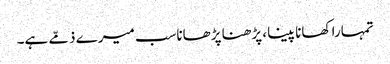
تمہارا کھانا پینا، پڑھنا پڑھاناسب میرے ذمّے ہے۔